Training of teachers. Junior students, 1910
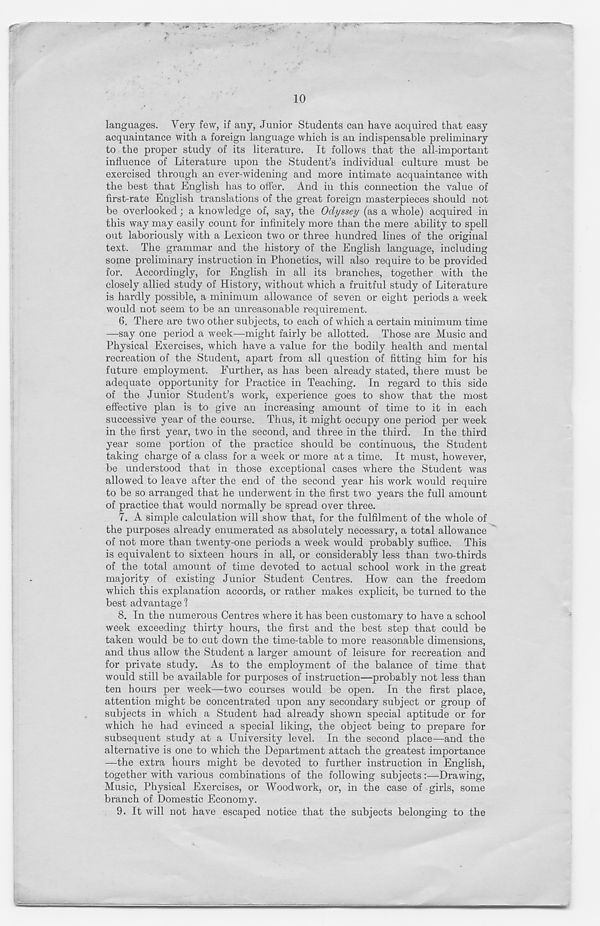
languages. Very few, if any, Junior Students can have acquired that easy
acquaintance with a foreign language which is an indispensable preliminary
to the proper study of its literature. It follows that the all-important
influence of Literature upon the Student’s individual culture must be
exercised through an ever-widening and more intimate acquaintance with
the best that English has to offer. And in this connection the value of
first-rate English translations of the great foreign masterpieces should not
be overlooked; a knowledge of, say, the Odyssey (as a whole) acquired in
this way may easily count for infinitely more than the mere ability to spell
out laboriously with a Lexicon two or three hundred lines of the original
text. The grammar and the history of the English language, including
some preliminary instruction in Phonetics, will also require to be provided
for. Accordingly, for English in all its branches, together with the
closely allied study of History, without which a fruitful study of Literature
is hardly possible, a minimum allowance of seven or eight periods a week
would not seem to be an unreasonable requirement.
6. There are two other subjects, to each of which a certain minimum time
—say one period a week—might fairly be allotted. Those are Music and
Physical Exercises, which have a value for the bodily health and mental
recreation of the Student, apart from all question of fitting him for his
future employment. Further, as has been already stated, there must be
adequate opportunity for Practice in Teaching. In regard to this side
of the Junior Student’s work, experience goes to show that the most
effective plan is to give an increasing amount of time to it in each
successive year of the course. Thus, it might occupy one period per week
in the first year, two in the second, and three in the third. In the third
year some portion of the practice should be continuous, the Student
taking charge of a class for a week or more at a time. It must, however,
be understood that in those exceptional cases where the Student was
allowed to leave after the end of the second year his work would require
to be so arranged that he underwent in the first two years the full amount
of practice that would normally be spread over three.
7. A simple calculation will show that, for the fulfilment of the whole of
the purposes already enumerated as absolutely necessary, a total allowance
of not more than twenty-one periods a week would probably suffice. This
is equivalent to sixteen hours in all, or considerably less than two-thirds
of the total amount of time devoted to actual school work in the great
majority of existing Junior Student Centres. How can the freedom
which this explanation accords, or rather makes explicit, be turned to the
best advantage 1
8. In the numerous Centres where it has been customary to have a school
week exceeding thirty hours, the first and the best step that could be
taken would be to cut down the time-table to more reasonable dimensions,
and thus allow the Student a larger amount of leisure for recreation and
for private study. As to the employment of the balance of time that
would still be available for purposes of instruction—probably not less than
ten hours per week—two courses would be open. In the first place,
attention might be concentrated upon any secondary subject or group of
subjects in which a Student had already shown special aptitude or for
which he had evinced a special liking, the object being to prepare for
subsequent study at a University level. In the second place—and the
alternative is one to which the Department attach the greatest importance
—the extra hours might be devoted to further instruction in English,
together with various combinations of the following subjects:—-Drawing,
Music, Physical Exercises, or Woodwork, or, in the case of girls, some
branch of Domestic Economy.
9. It will not have escaped notice that the subjects belonging to the